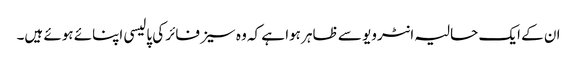
ان کے ایک حالیہ انٹرویو سے ظاہر ہوا ہے کہ وہ سیز فائر کی پالیسی اپنائے ہوئے ہیں۔